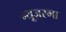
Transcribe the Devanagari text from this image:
न्यूज़रमा